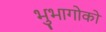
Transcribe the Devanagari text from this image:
भुभागोको